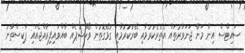
ސައިޓްސް އިން މަނާ ޖަނަވާރުތައް އެތެރެކުރުމާއި ބޭރުކުރުމާއި ގުޅޭގޮތުން ވޯކްޝޮޕެއް ބާއްވައިފިރާއްޖެއައި ޕާކިސްތާނު